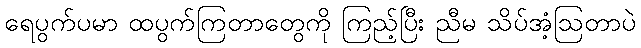
ရေပွက်ပမာ ထပွက်ကြတာတွေကို ကြည့်ပြီး ညီမ သိပ်အံ့ဩတာပဲ